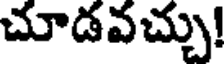
చూడవచ్చు!